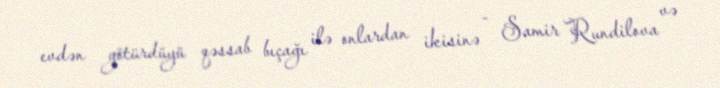
evdən götürdüyü qəssab bıçağı ilə onlardan ikisinə - Samir Rundilova və